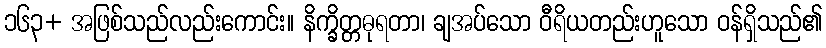
၁၆၃+ အဖြစ်သည်လည်းကောင်း။ နိက္ခိတ္တဓုရတာ၊ ချအပ်သော ဝီရိယတည်းဟူသော ဝန်ရှိသည်၏